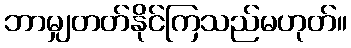
ဘာမျှတတ်နိုင်ကြသည်မဟုတ်။